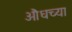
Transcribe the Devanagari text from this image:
औंधच्या